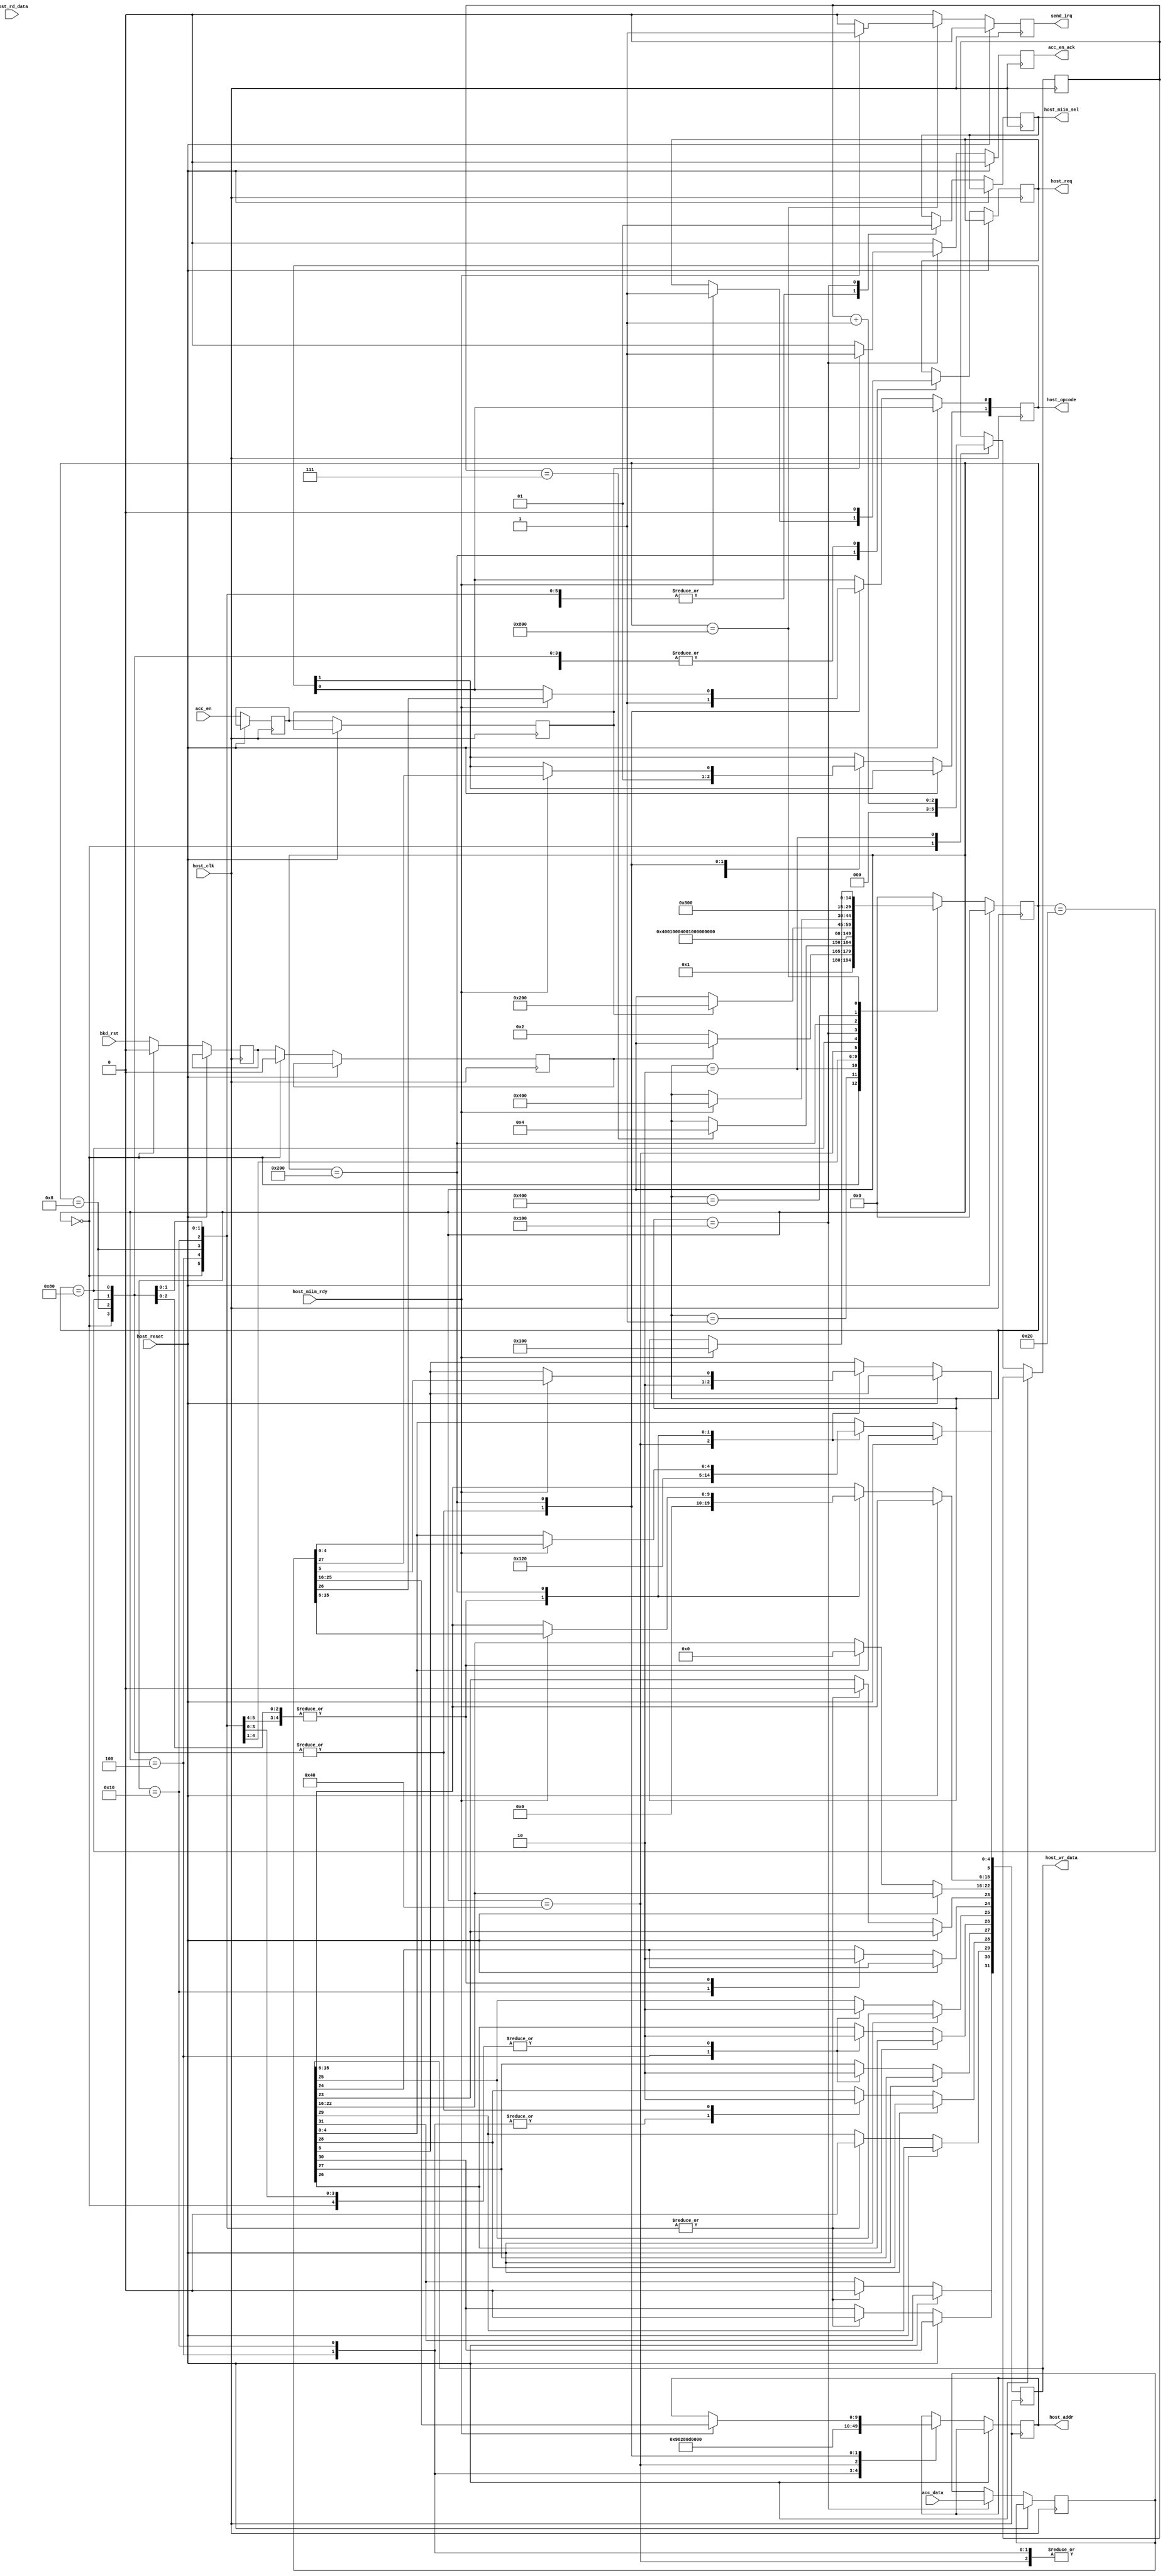
/*******************************************************************************
*
*  NetFPGA-10G http://www.netfpga.org
*
*  File:
*        mdioconf_hst_if.v
*
*  Project:
*
*
*  Author:
*        Marco Forconesi
*
*  Description:
*        Drives host interface.
*
*
*    This code is initially developed for the Network-as-a-Service (NaaS) project.
*
*  Copyright notice:
*        Copyright (C) 2014 University of Cambridge
*
*  Licence:
*        This file is part of the NetFPGA 10G development base package.
*
*        This file is free code: you can redistribute it and/or modify it under
*        the terms of the GNU Lesser General Public License version 2.1 as
*        published by the Free Software Foundation.
*
*        This package is distributed in the hope that it will be useful, but
*        WITHOUT ANY WARRANTY; without even the implied warranty of
*        MERCHANTABILITY or FITNESS FOR A PARTICULAR PURPOSE.  See the GNU
*        Lesser General Public License for more details.
*
*        You should have received a copy of the GNU Lesser General Public
*        License along with the NetFPGA source package.  If not, see
*        http://www.gnu.org/licenses/.
*
*/

//////////////////////////////////////////////////////////////////////////////////////////////
//////////////////////////////////////////////////////////////////////////////////////////////
`timescale 1ns / 1ps
//`default_nettype none

module mdioconf_hst_if (

    input                    bkd_rst,

    // Host Conf Intf
    input                    host_clk,
    input                    host_reset,
    output reg   [1:0]       host_opcode,
    output reg   [9:0]       host_addr,
    output reg   [31:0]      host_wr_data,
    input        [31:0]      host_rd_data,
    output reg               host_miim_sel,
    output reg               host_req,
    input                    host_miim_rdy,

    // tlp2mdio
    input        [31:0]      acc_data,
    input                    acc_en,
    output reg               acc_en_ack,

    // irq_gen
    output reg               send_irq
    );

    // localparam
    localparam s0  = 15'b000000000000000;
    localparam s1  = 15'b000000000000001;
    localparam s2  = 15'b000000000000010;
    localparam s3  = 15'b000000000000100;
    localparam s4  = 15'b000000000001000;
    localparam s5  = 15'b000000000010000;
    localparam s6  = 15'b000000000100000;
    localparam s7  = 15'b000000001000000;
    localparam s8  = 15'b000000010000000;
    localparam s9  = 15'b000000100000000;
    localparam s10 = 15'b000001000000000;
    localparam s11 = 15'b000010000000000;
    localparam s12 = 15'b000100000000000;
    localparam s13 = 15'b001000000000000;
    localparam s14 = 15'b010000000000000;
    localparam s15 = 15'b100000000000000;

    //-------------------------------------------------------
    // Local hst_if
    //-------------------------------------------------------  
    reg          [14:0]      hst_if_fsm;
    reg                      bkd_rst_reg0;
    reg                      bkd_rst_reg1;
    reg          [2:0]       wait_counter;
    reg                      acc_en_reg0;
    reg                      acc_en_reg1;
    reg          [31:0]      acc_data_reg;

    ////////////////////////////////////////////////
    // hst_if
    ////////////////////////////////////////////////
    always @(posedge host_clk) begin

        if (host_reset) begin  // rst
            send_irq <= 1'b0;
            acc_en_ack <= 1'b0;
            hst_if_fsm <= s0;
        end
        
        else begin  // not rst

            bkd_rst_reg0 <= bkd_rst;
            bkd_rst_reg1 <= bkd_rst_reg0;

            acc_en_reg0 <= acc_en;
            acc_en_reg1 <= acc_en_reg0;

            send_irq <= 1'b0;
            acc_en_ack <= 1'b0;

            case (hst_if_fsm)

                s0 : begin
                    bkd_rst_reg0 <= 1'b0;
                    bkd_rst_reg1 <= 1'b0;
                    host_opcode <= 2'b11;
                    host_addr <= 10'b0;
                    host_wr_data <= 32'b0;
                    host_miim_sel <= 1'b0;
                    host_req <= 1'b0;
                    wait_counter <= 'b0;
                    hst_if_fsm <= s1;
                end

                s1 : begin
                    if (!bkd_rst_reg1) begin
                        hst_if_fsm <= s2;
                    end
                end

                s2 : begin
                    wait_counter <= wait_counter + 1;
                    if (wait_counter == 3'b111) begin
                        hst_if_fsm <= s3;
                    end
                end

                // see ug148

                s3 : begin                                  // Receiver Configuration Word 1
                    host_opcode[1] <= 1'b0;
                    host_miim_sel <= 1'b0;
                    host_addr <= 10'h240;
                    host_wr_data[15:0] <= 'b0;              // Pause frame MAC address
                    host_wr_data[23:16] <= 'b0;             // Reserved
                    host_wr_data[24] <= 1'b0;               // Control Frame Length Check Disable
                    host_wr_data[25] <= 1'b1;               // Length/Type Error Check Disable
                    host_wr_data[26] <= 1'b1;               // Receiver Preserve Preamble Enable
                    host_wr_data[27] <= 1'b1;               // VLAN Enable
                    host_wr_data[28] <= 1'b1;               // Receiver Enable
                    host_wr_data[29] <= 1'b0;               // In-band FCS Enable
                    host_wr_data[30] <= 1'b0;               // Jumbo Frame Enable
                    host_wr_data[31] <= 1'b0;               // Receiver reset
                    hst_if_fsm <= s4;
                end

                s4 : begin
                    host_opcode <= 2'b11;
                    host_addr <= 10'b0;
                    host_wr_data <= 32'b0;
                    host_miim_sel <= 1'b0;
                    host_req <= 1'b0;
                    hst_if_fsm <= s5;
                end

                s5 : begin                                  // Transmitter Configuration
                    host_opcode[1] <= 1'b0;
                    host_miim_sel <= 1'b0;
                    host_addr <= 10'h280;
                    host_wr_data[23] <= 1'b0;               // Transmitter Preserve Preamble Enable
                    host_wr_data[24] <= 1'b1;               // Deficit Idle Count Enable
                    host_wr_data[25] <= 1'b0;               // Interframe Gap Adjust Enable
                    host_wr_data[26] <= 1'b0;               // WAN Mode Enable
                    host_wr_data[27] <= 1'b0;               // VLAN Enable
                    host_wr_data[28] <= 1'b1;               // Transmitter Enable
                    host_wr_data[29] <= 1'b0;               // In-band FCS Enable
                    host_wr_data[30] <= 1'b0;               // Jumbo Frame Enable
                    host_wr_data[31] <= 1'b0;               // Transmitter Reset
                    hst_if_fsm <= s6;
                end

                s6 : begin
                    host_opcode <= 2'b11;
                    host_addr <= 10'b0;
                    host_wr_data <= 32'b0;
                    host_miim_sel <= 1'b0;
                    host_req <= 1'b0;
                    hst_if_fsm <= s7;
                end

                s7 : begin                                  // Management Configuration Word
                    host_opcode[1] <= 1'b0;
                    host_addr <= 10'h340;
                    host_wr_data[4:0] <= 5'h09;             // Clock Divide
                    host_wr_data[5] <= 1'b1;                // MDIO Enable
                    host_miim_sel <= 1'b0;
                    hst_if_fsm <= s8;
                end

                s8 : begin
                    host_opcode <= 2'b11;
                    host_addr <= 10'b0;
                    host_wr_data <= 32'b0;
                    host_miim_sel <= 1'b0;
                    host_req <= 1'b0;
                    hst_if_fsm <= s9;
                end

                s9 : begin                                              // wait host access
                    host_miim_sel <= 1'b1;
                    acc_data_reg <= acc_data;
                    if (acc_en_reg1) begin
                        acc_en_ack <= 1'b1;
                        hst_if_fsm <= s10;
                    end
                end

                s10 : begin
                    if (host_miim_rdy) begin
                        host_opcode <= acc_data_reg[27:26];
                        host_addr <= acc_data_reg[25:16];
                        host_wr_data[15:0] <= acc_data_reg[15:0];
                        host_req <= 1'b1;
                        hst_if_fsm <= s11;
                    end
                end

                s11 : begin
                    host_req <= 1'b0;
                    hst_if_fsm <= s12;
                end

                s12 : begin
                    if (host_miim_rdy) begin
                        send_irq <= 1'b1;
                        hst_if_fsm <= s9;
                    end
                end

                default : begin
                    hst_if_fsm <= s0;
                end

            endcase
        end     // not rst
    end  //always

endmodule // mdioconf_hst_if

//////////////////////////////////////////////////////////////////////////////////////////////
//////////////////////////////////////////////////////////////////////////////////////////////